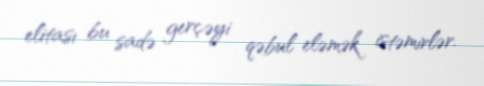
elitası bu sadə gerçəyi qəbul eləmək istəmirlər.